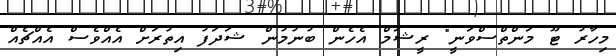
މިހާރު ޓޫ މަންތްސްވަނީ" ރީޝަމް އެހެން ބުނުމުން ޝަދަފު އިތުރަށް އެއްވެސް އެއްޗެއް